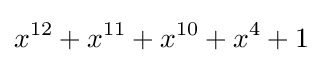
x^{12}+x^{11}+x^{10}+x^{4}+1